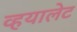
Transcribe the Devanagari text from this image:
व्हयालेट